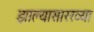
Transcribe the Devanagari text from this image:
झाल्यासारख्या